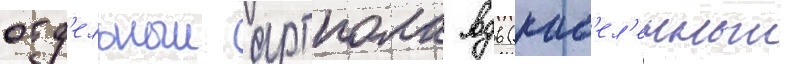
отд'ельныи артполк вдв (нас'ел'енныи